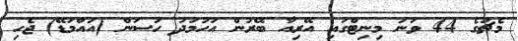
މެޗުގެ 44 ވަނަ މިނިޓްގައި އޭރިއާ ބޭރުން އަހުމަދު ހަސަން (އައްމަޑޭ) ޖެހި